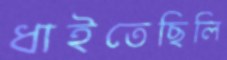
ধাইতেছিলি